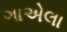
ગાએલા